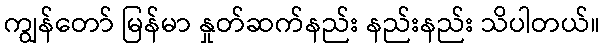
ကျွန်တော် မြန်မာ နှုတ်ဆက်နည်း နည်းနည်း သိပါတယ်။